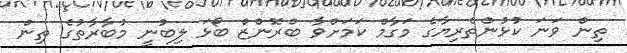
ތިން ވަނަ ކުޅުންތެރިޔާގެ މަގާމް ކަމަށްވާ ބްރޮންޒް ބޯޅަ ލިބުނީ މުބާރާތުގެ ތިން